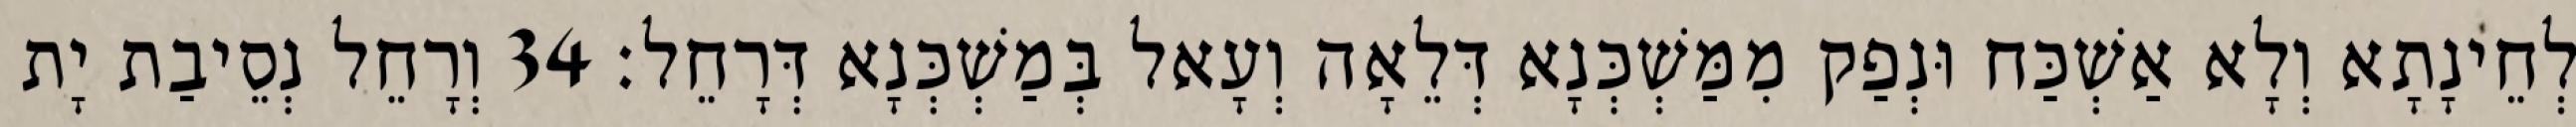
לְחֵינָתָא וְלָא אַשְׁכַּח וּנְפַק מִמַּשְׁכְּנָא דְּלֵאָה וְעָאל בְּמַשְׁכְּנָא דְּרָחֵל׃ 34 וְרָחֵל נְסֵיבַת יָת